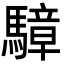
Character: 騿